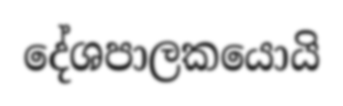
දේශපාලකයොයි